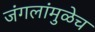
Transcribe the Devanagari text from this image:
जंगलांमुळेच